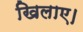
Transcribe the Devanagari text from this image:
खिलाए।